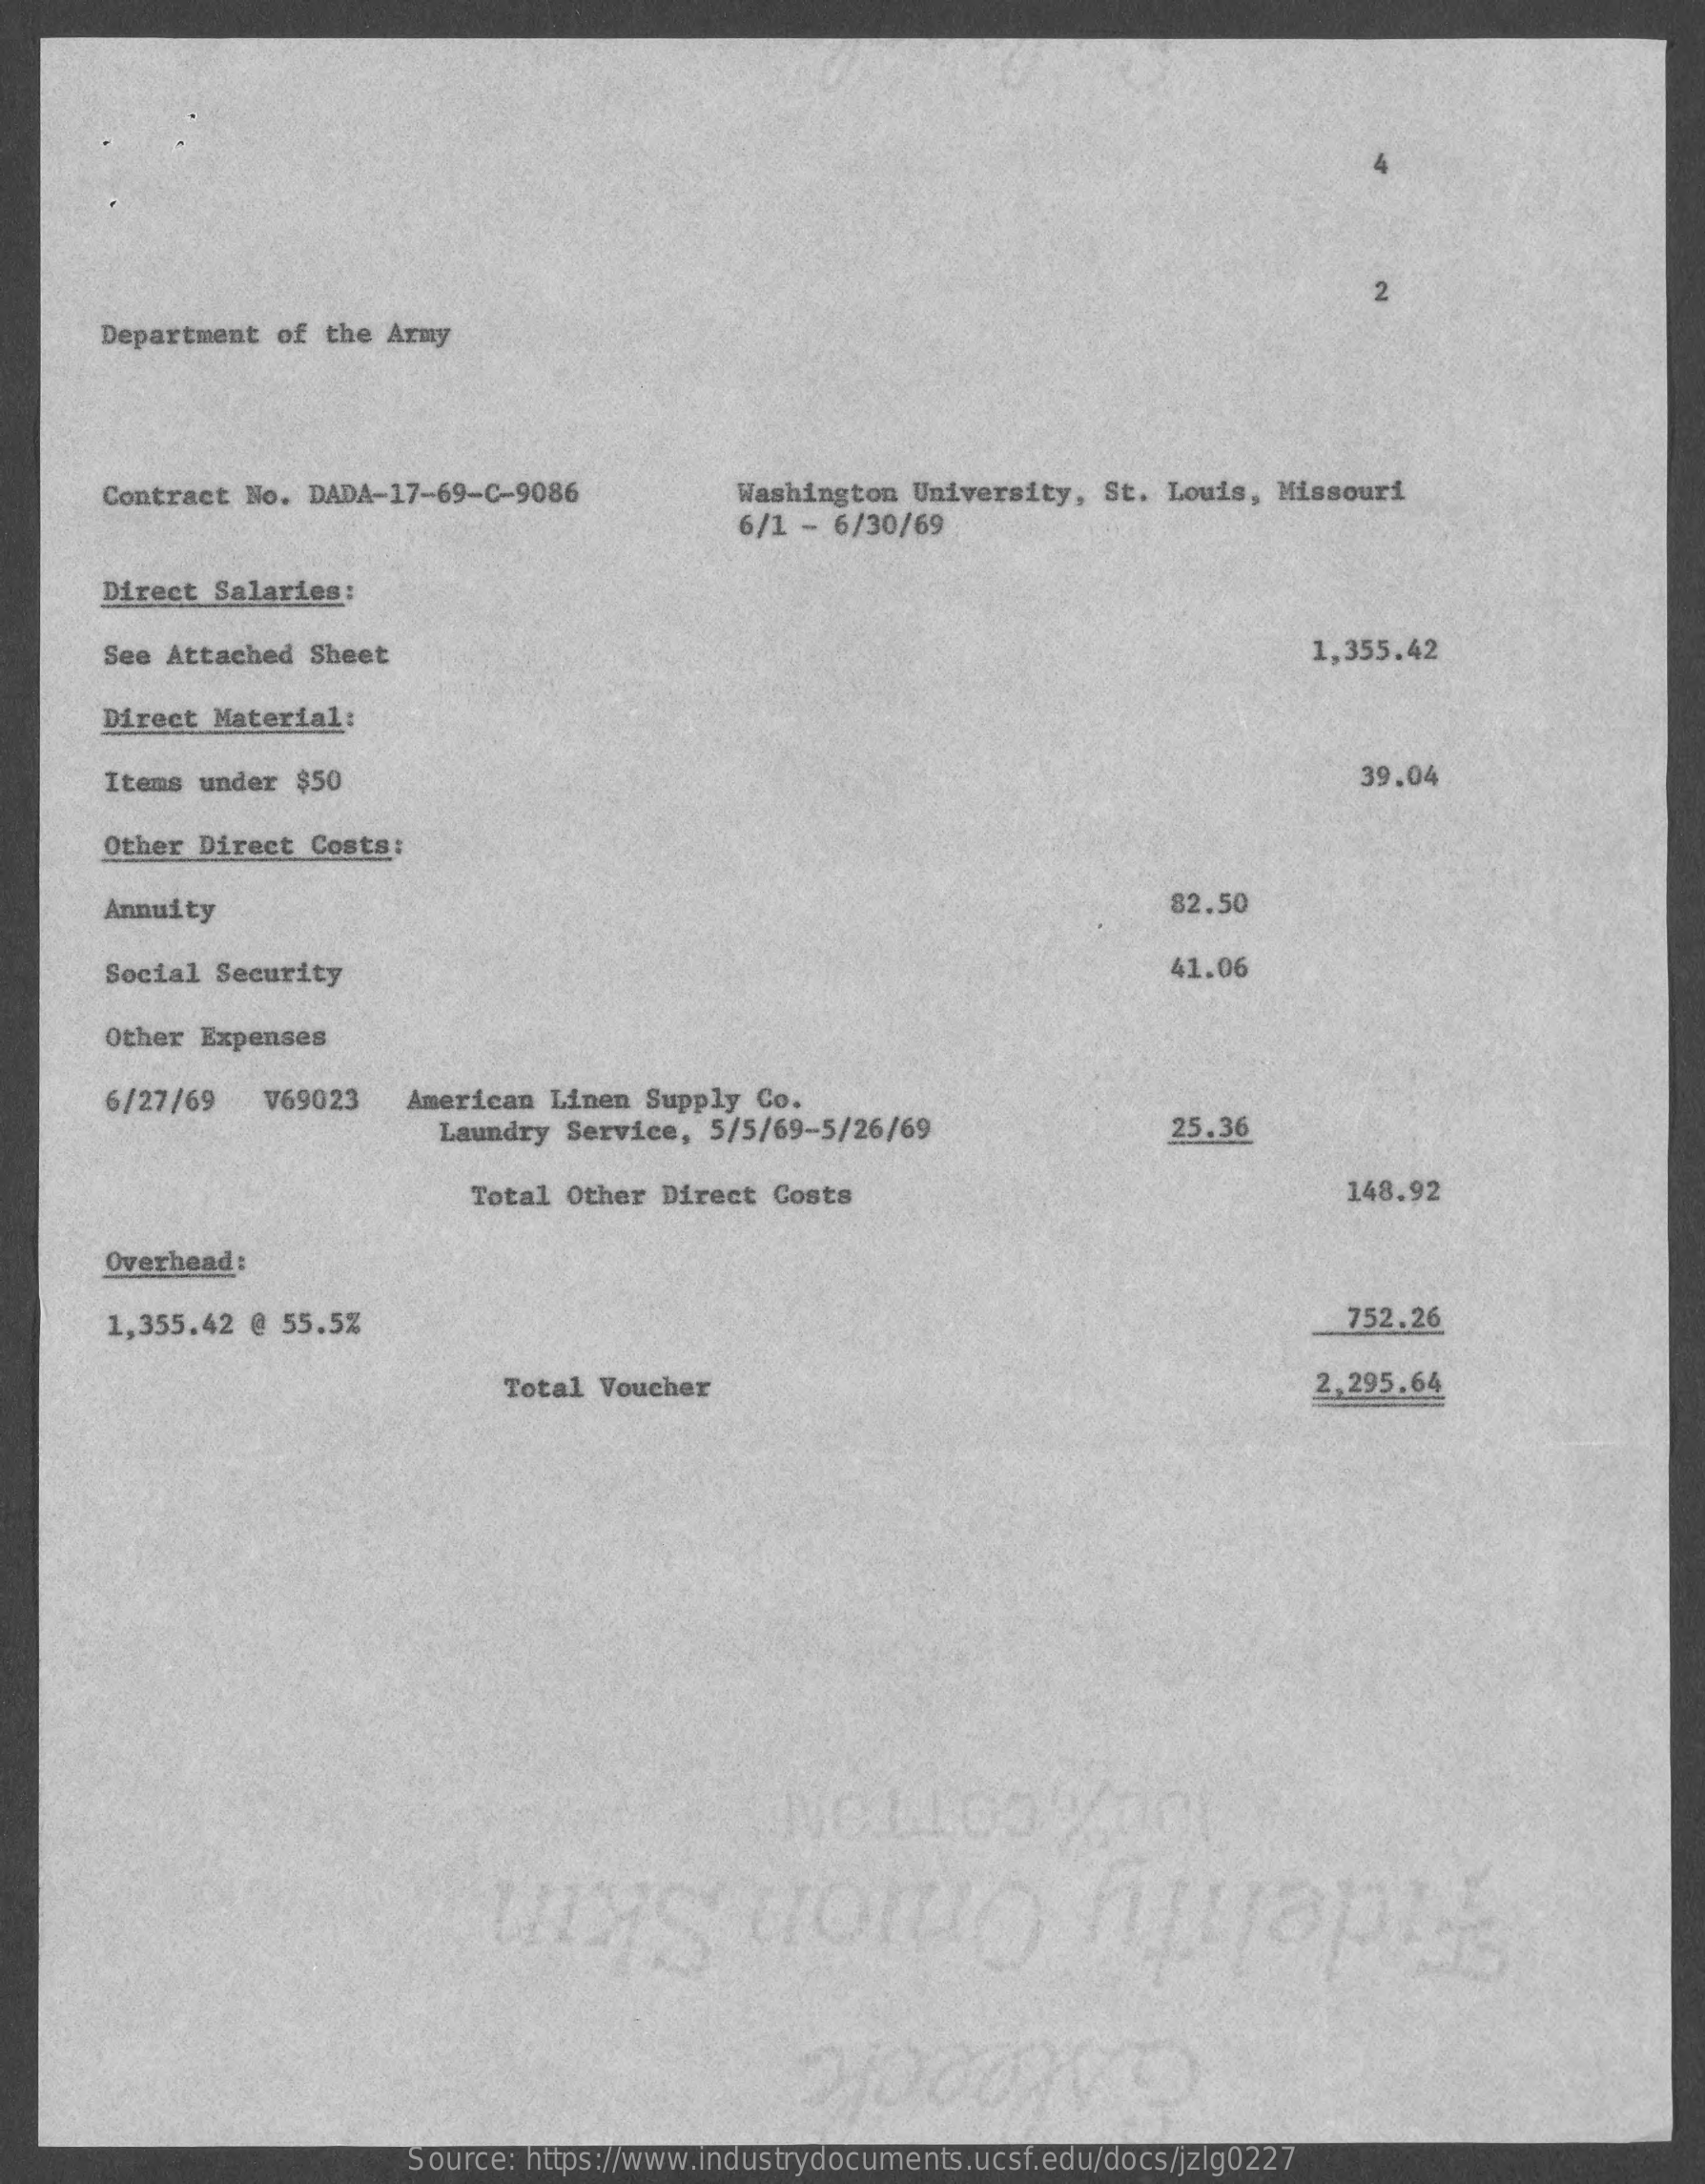
Department of the Army
     Contract No. DADA-17-69-C-9086  Washington University, St. Louis, Missouri
     6/1 - 6/30/69
     Direct Salaries:
     See Attached Sheet    1,355.42
     Direct Material:
     Items under $50    39.04
     Other Direct Costs:
     Annuity    82.50
     Social Security    41.06
     Other Expenses
     6/27/69 V69023 American Linen Supply Co.
     Laundry Service, 5/5/69-5/26/69    25.36
     Total Other Direct Costs    148.92
     Overhead:
     1,355.42 @ 55.5%    752.26
     Total Voucher    2,295.64
     Source: https://www.industrydocuments.ucsf.edu/docs/jzlg0227